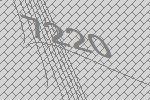
7220